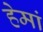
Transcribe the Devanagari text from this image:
हेमां